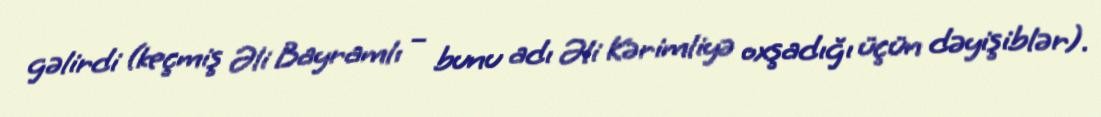
gəlirdi (keçmiş Əli Bayramlı – bunu adı Əli Kərimliyə oxşadığı üçün dəyişiblər).